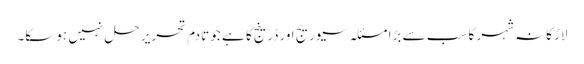
لاڑکانہ شہر کا سب سے بڑا مسئلہ سیوریج اور ڈرینج کا ہے جو تادم تحریر حل نہیں ہوسکا۔